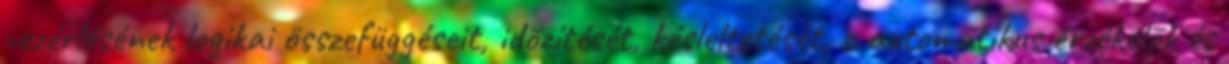
vezérlésének logikai összefüggéseit, idõzítését, késleltetését, c automatikus érzékelõk és